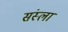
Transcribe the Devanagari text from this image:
संस्ला